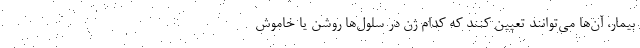
بیمار، آن‌ها می‌توانند تعیین کنند که کدام ژن در سلول‌ها روشن یا خاموش